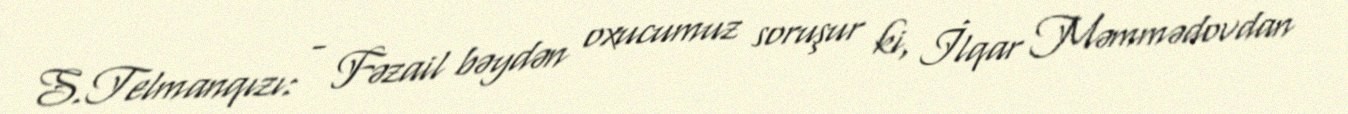
S.Telmanqızı: - Fəzail bəydən oxucumuz soruşur ki, İlqar Məmmədovdan